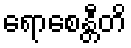
ရောစေန္တီတိ